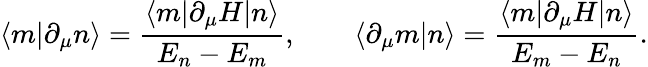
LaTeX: \langle m|\partial_{\mu}n\rangle={\frac{\langle m|\partial_{\mu}H|n\rangle}{E_{n}-E_{m}}},\qquad\langle\partial_{\mu}m|n\rangle={\frac{\langle m|\partial_{\mu}H|n\rangle}{E_{m}-E_{n}}}.